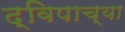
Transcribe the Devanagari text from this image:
द्विपाच्या